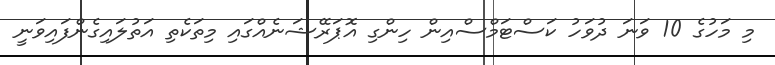
މި މަހުގެ 10 ވަނަ ދުވަހު ކަސްޓަމްސްއިން ހިންގި އޮޕަރޭޝަނެއްގައި މިތަކެތި އަތުލައިގެންފައިވަނީ